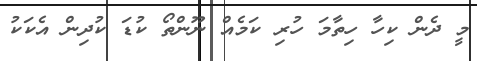
މީ ދެން ކިހާ ހިތާމަ ހުރި ކަމެއް ނޫންތޯ ކުޑަ ކުދިން އެކަކު